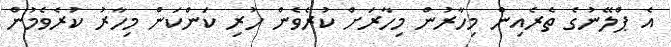
އެ ޕްލޭނުގެ ތެރެއިން މިހާރުން މިހާރަށް ކުރެވެން ހުރި ކަންކަން މިހާރު ކުރެވެމުން